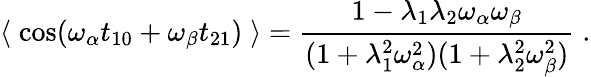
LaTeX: \left\langle\; \cos(\omega_{\alpha}t_{10}+\omega_{\beta}t_{21})\; \right\rangle={\frac{1-\lambda_{1}\lambda_{2}\omega_{\alpha}\omega_{\beta}}{(1+\lambda_{1}^{2}\omega_{\alpha}^{2})(1+\lambda_{2}^{2}\omega_{\beta}^{2})}}\; .